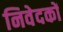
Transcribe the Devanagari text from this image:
निवेदकों